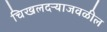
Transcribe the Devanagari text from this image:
चिखलदऱ्याजवळील